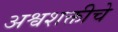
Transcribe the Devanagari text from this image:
अश्वशक्तीचे